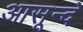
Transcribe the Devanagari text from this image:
आसून्दे